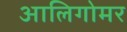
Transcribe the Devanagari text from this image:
आलिगोमर